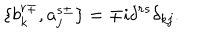
\{ b _ { k } ^ { r \mp } , a _ { j } ^ { s \pm } \} = \mp i \delta ^ { r s } \delta _ { k j } .